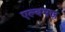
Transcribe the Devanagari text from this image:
एल्बमज